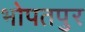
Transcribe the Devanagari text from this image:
भोपतपुर